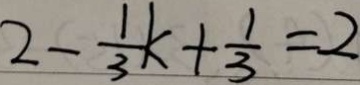
2 - \frac { 1 } { 3 } k + \frac { 1 } { 3 } = 2